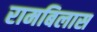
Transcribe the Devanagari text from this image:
रामबिलास